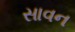
સાવન